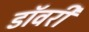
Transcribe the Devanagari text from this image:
डॉवरी